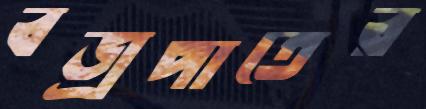
বজ্রপাতের